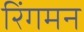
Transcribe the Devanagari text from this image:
रिंगमन